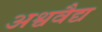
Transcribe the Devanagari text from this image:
अश्ववैद्य